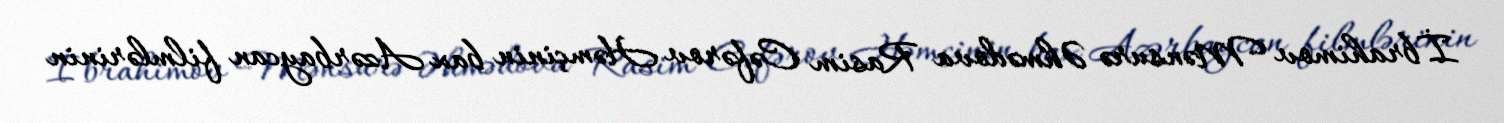
İbrahimov Mənsurə Əhmədova Rasim Cəfərov Həmçinin bax Azərbaycan filmlərinin